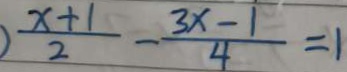
\frac { x + 1 } { 2 } - \frac { 3 x - 1 } { 4 } = 1